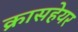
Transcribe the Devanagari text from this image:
क्रासहेयर